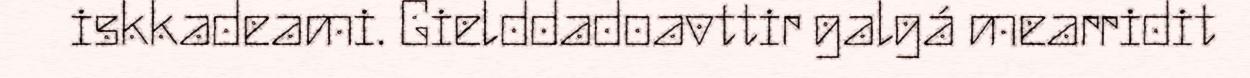
iskkadeami. Gielddadoavttir galgá mearridit